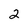
Character: 2